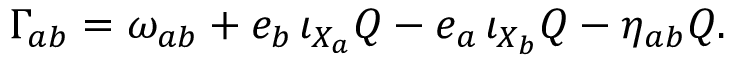
\Gamma _ { a b } = \omega _ { a b } + e _ { b } \, \iota _ { X _ { a } } Q - e _ { a } \, \iota _ { X _ { b } } Q - \eta _ { a b } Q .